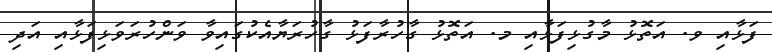
ފަޅާއި ވ. އަތޮޅު މާގުޅިފަޅާއި މ. އަތޮޅު ގާހުރާފަޅު ގާހުރަޔާއެކުގައިވާ ވަންހުރަވަޅިފަޅާއި އަދި